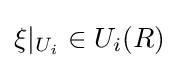
\xi |_{U_{i}}\in U_{i}(R)